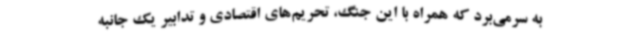
به سرمی‌برد که همراه با این جنگ، تحریم‌های اقتصادی و تدابیر یک جانبه‌